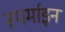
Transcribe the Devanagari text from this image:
स्पर्माइन